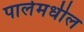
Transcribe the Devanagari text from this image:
पार्लमधील